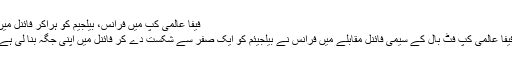
فیفا عالمی کپ میں فرانس، بیلجیم کو ہراکر فائنل میں
فیفا عالمی کپ فٹ بال کے سیمی فائنل مقابلے میں فرانس نے بیلجیئم کو ایک صفر سے شکست دے کر فائنل میں اپنی جگہ بنا لی ہے۔